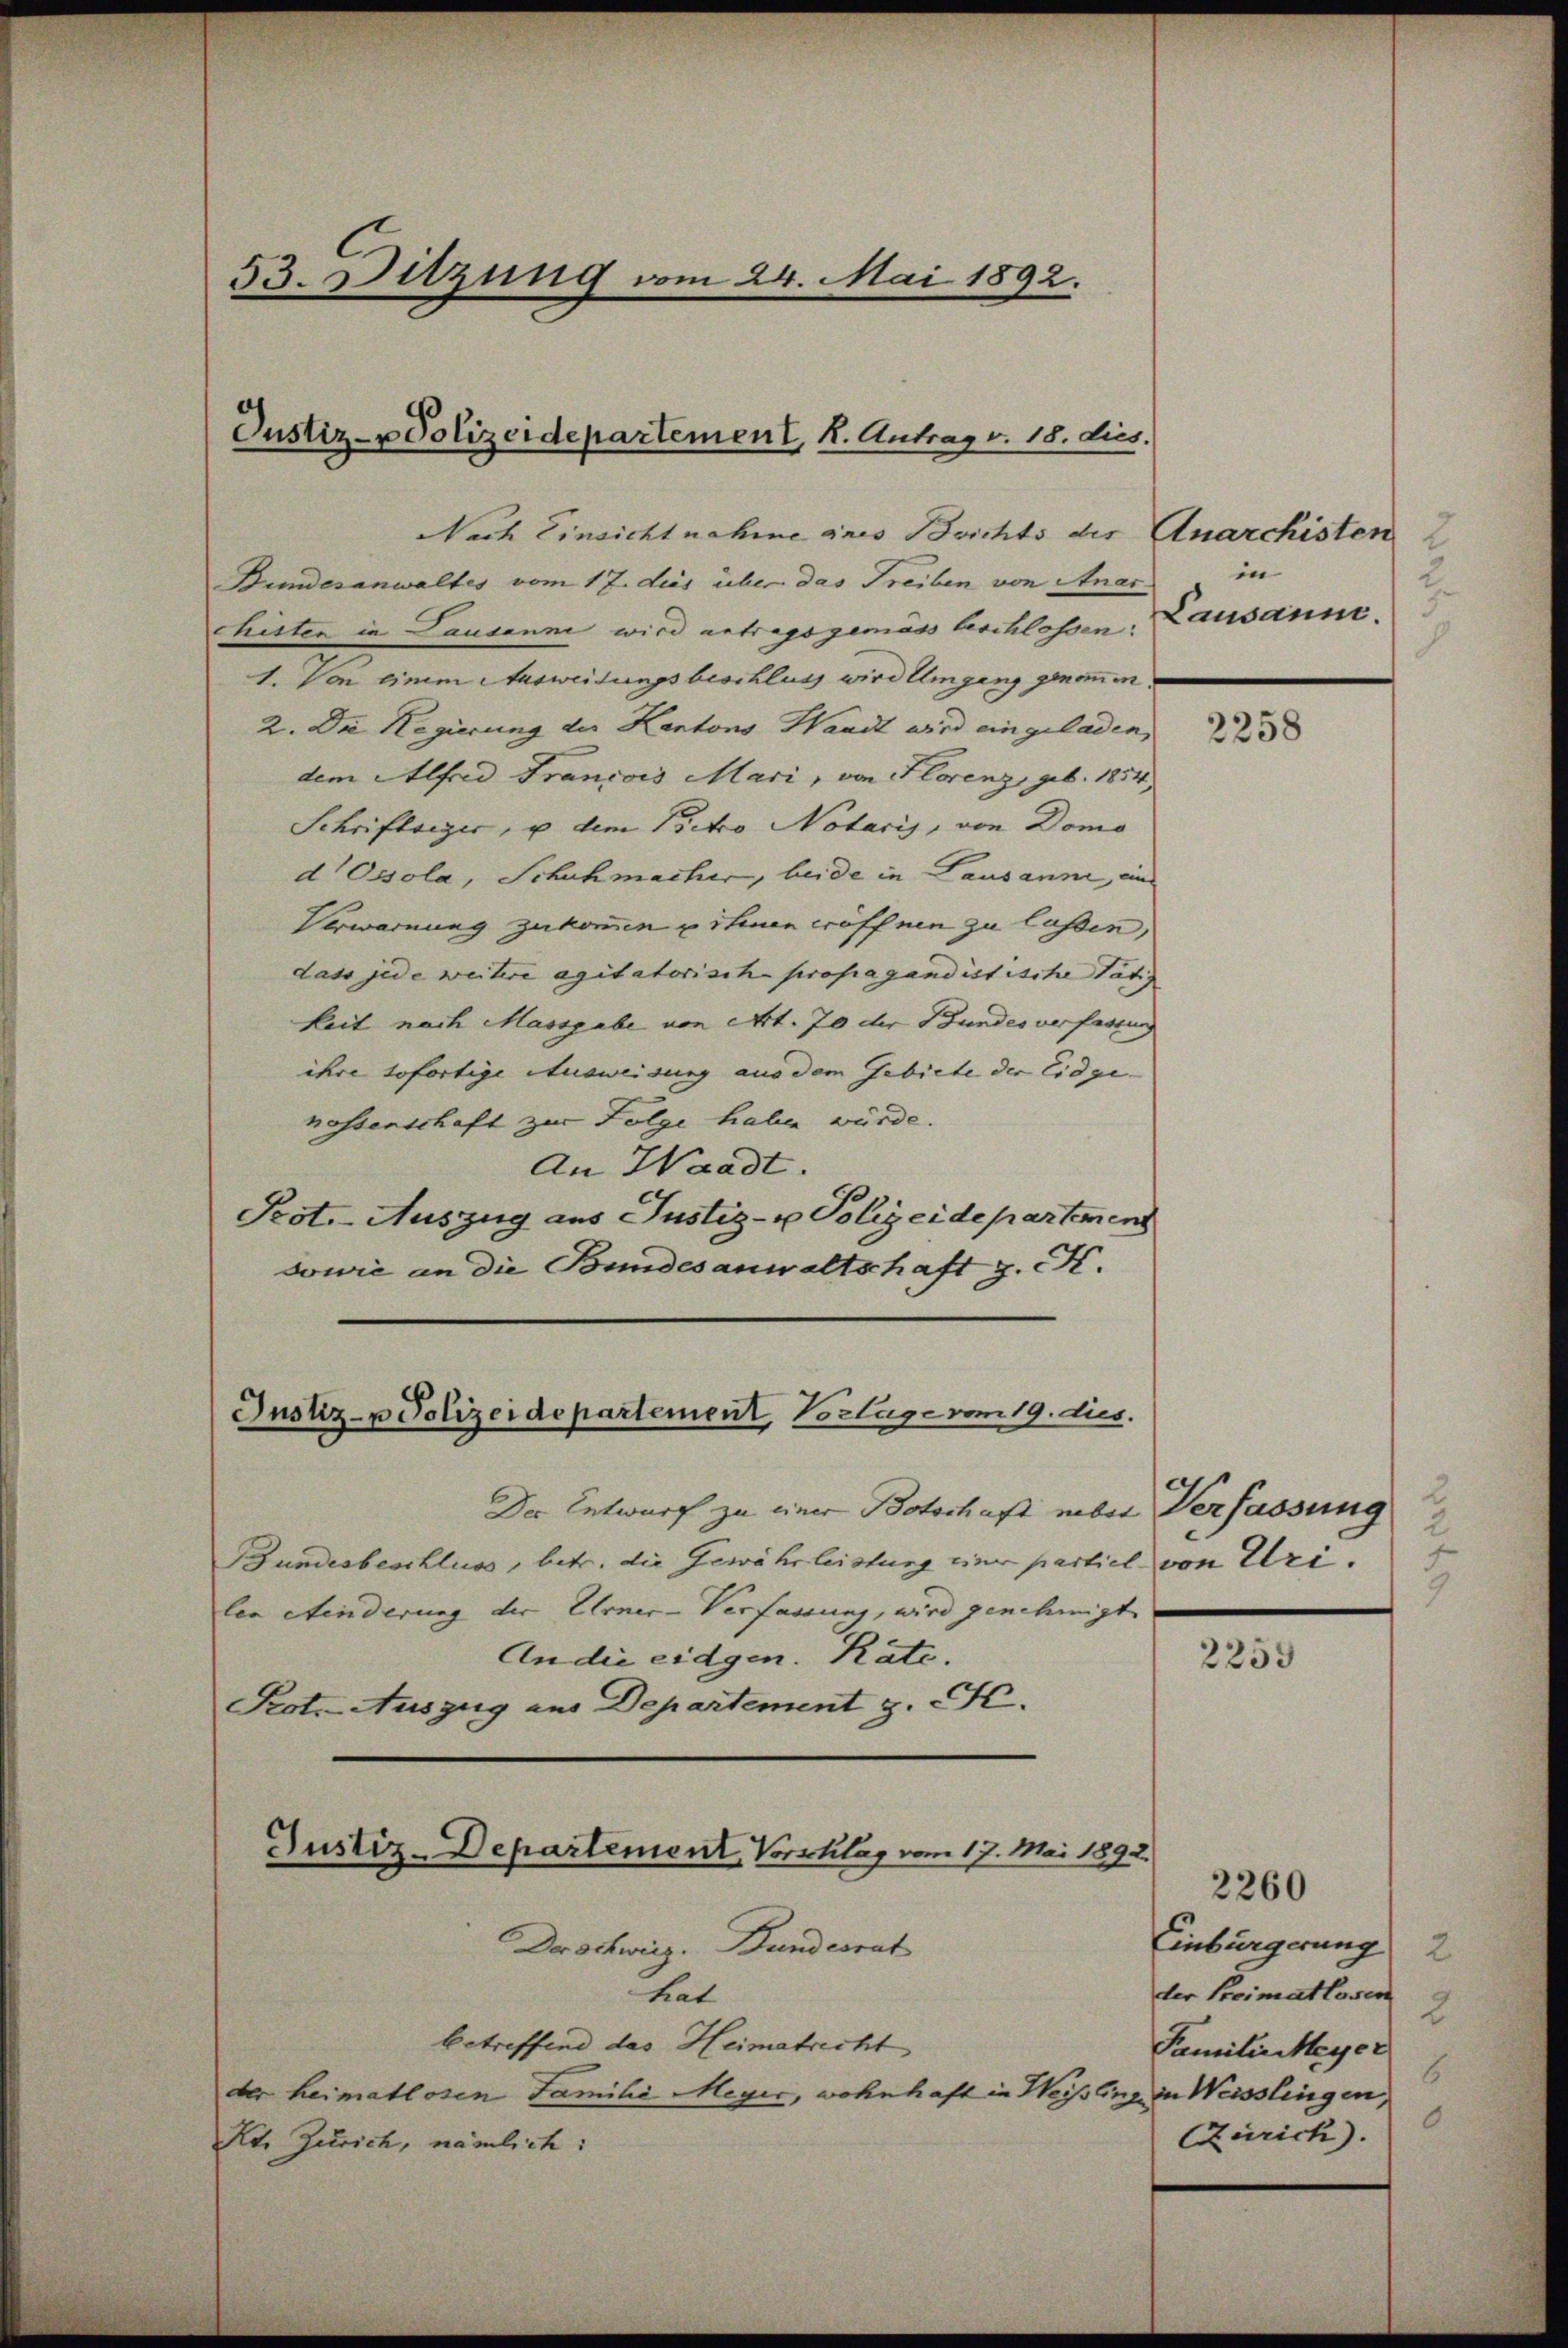
53. Sitzung vom 24. Mai 1892.

Justiz- u Polizeidepartement, K. Antrag v. 18. dies.

Nach Einsicht nahme anes Beichts des
Bundesanwaltes vom 17. dies über das Treiben von Anar
chisten in Pausanne wird antragsgemäss Aeschlossen:
1. Von einem Ausweisungsbeschluss wird Umgang genommen.
2. Die Regierung der Kantons Handt wird eingeladen,
dem Alfred Francois Mari, von Florenz, geb. 1854
Schriftseger, u dem Victo Notaris, von Domo
d Ossola, Schuhmacher, beide in Lausanne, aus
Verwarnung zukommen u ihnen eröffnen zu laßen,
dass jede weitere agitatorische propagandistische Tätig
keit nach Massgabe von Art. 70 der Bundes verfassung
ihre sofortige Ausweisung aus dem Gebiete der Eidge-
nassenschaft zur Folge haben würde.
An Waadt.
Peot.-Auszug aus Justiz- u Polizeidepartement
sowie an die Bundesanwaltschaft z. K.
Der Entwurf zu einer Botschaft nebst Verfassung
Bundesbeschluss, betr. die Gewährleistung nur partiel von Uri.
len einderung der Urner-Verfassung, wird genehmigt.
An die eidgen. Räte.
Pot. Auszug aus Departement z. F.
Der schweis. Bundesrat
hat
betreffend das Heimatricht
der heimatlosen Familie Meyer, wohnhaft in Weißling in Weisslingen,
Kt. Zürich, nämlich:

Justiz- u Polizeidepartement, Vorlage vom 19. dies.

Justiz-Departement, Vorschlag vom 17. Mai 1892.

Anarchisten
in
Lausann.
d.

2258

2

2259

Einbürgerung 2
der Preimatlosen
2
Familie Meyer
6
.
Zürich).

2260